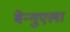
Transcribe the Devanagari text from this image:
बेन्गुएला